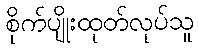
စိုက်ပျိုးထုတ်လုပ်သူ